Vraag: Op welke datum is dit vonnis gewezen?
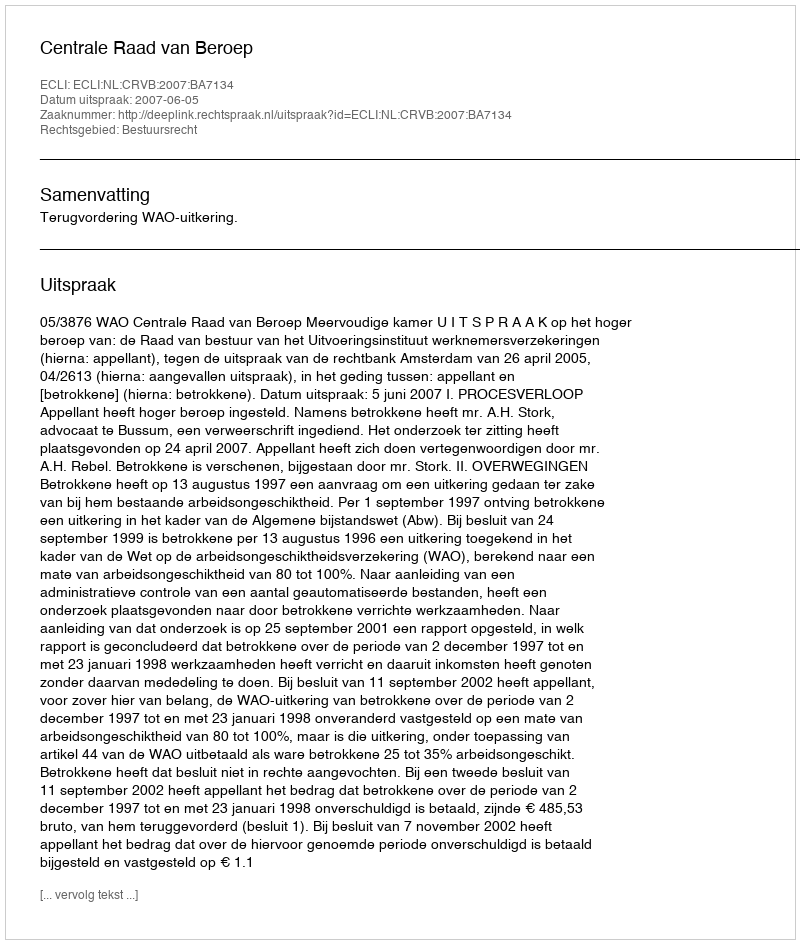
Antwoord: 2007-06-05